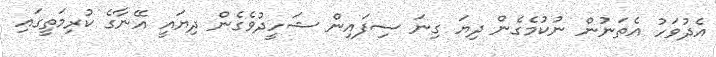
އެދުވަހު އެތަނުން ނުކުމެގެން ދިޔަ ގިނަ ސިފައިން ޝަހީދުވެގެން ދިޔައީ އޭނާގެ ކުރިމަތީގައި